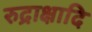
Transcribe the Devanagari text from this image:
रुद्राक्षादि